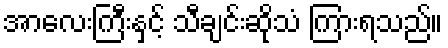
အာလေးကြီးနှင့် သီချင်းဆိုသံ ကြားရသည်။